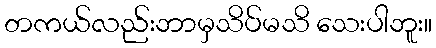
တကယ်လည်းဘာမှသိပ်မသိ သေးပါဘူး။